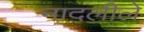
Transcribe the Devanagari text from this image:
नादलीले